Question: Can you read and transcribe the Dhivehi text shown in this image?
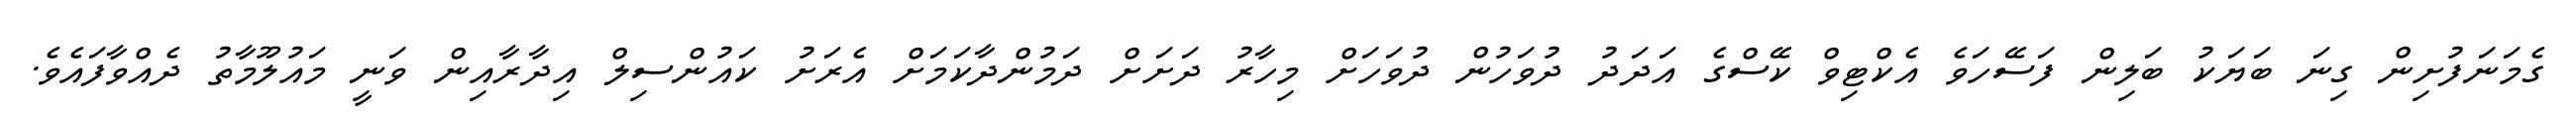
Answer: ގެމަނަފުށިން ގިނަ ބަޔަކު ބަލިން ފަސޭހަވެ އެކްޓިވް ކޭސްގެ އަދަދު ދުވަހުން ދުވަހަށް މިހާރު ދަށަށް ދަމުންދާކަމަށް އެރަށު ކައުންސިލް އިދާރާއިން ވަނީ މައުލޫމާތު ދެއްވާފައެވެ.